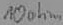
Text: 10ohm